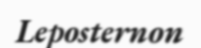
Leposternon